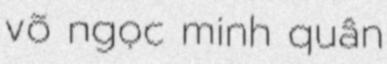
võ ngọc minh quân